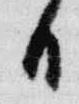
日